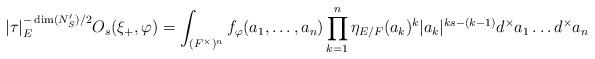
LaTeX: \begin{align*}\displaystyle \lvert \tau\rvert_E^{-\dim(N'_S)/2}O_s(\xi_{+},\varphi) =\int_{(F^\times)^n} f_\varphi(a_1,\ldots,a_n) \prod_{k=1}^n \eta_{E/F}(a_k)^k \lvert a_k\rvert^{ks-(k-1)}d^\times a_1\ldots d^\times a_n\end{align*}